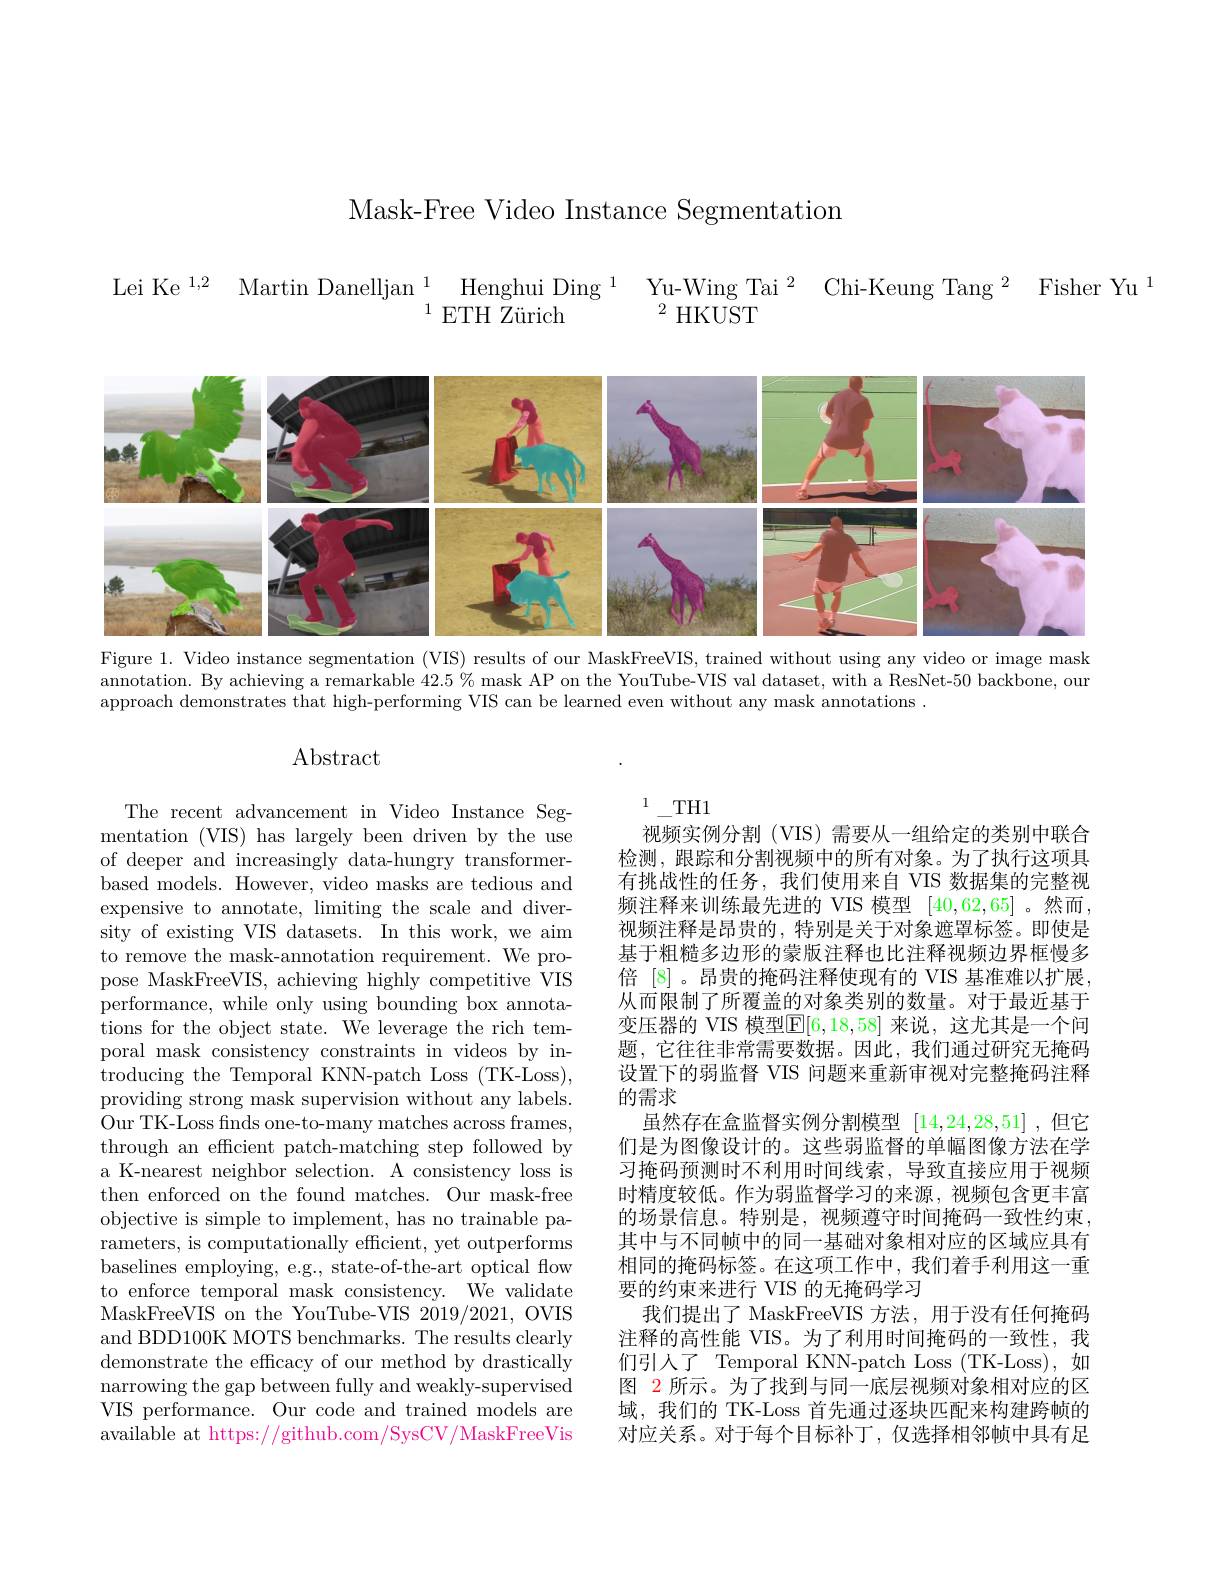
Mask-Free Video Instance Segmentation

$\mathrm{Lei~Ke}^{1, 2}$ $\mathrm{Martin~Danelljan~}_{1}^{1}\text{ETH Z\"{u} rich}^{1}$ $\mathrm{Yu- Wing~Tai~}^{2}$ $\mathrm{Chi- Keung~Tang~}^{2}$ Fisher Yu

<FigureHere>

Figure 1. Video instance segmentation (VIS) results of our MaskFreeVIS, trained without using any video or image mask annotation. By achieving a remarkable $42.5\%$ mask AP on the YouTube-VIS val dataset, with a ResNet-50 backbone, our approach demonstrates that high-performing VIS can be learned even without any mask annotations .

$\operatorname{Abstract}$

The recent advancement in Video Instance Segmentation (VIS) has largely been driven by the use of deeper and increasingly data-hungry transformerbased models. However, video masks are tedious and expensive to annotate, limiting the scale and diversity of existing VIS datasets. In this work, we aim to remove the mask-annotation requirement. We propose MaskFreeVIS, achieving highly competitive VIS performance, while only using bounding box annotations for the object state. We leverage the rich temporal mask consistency constraints in videos by in- troducing the Temporal KNN- patch Loss ( TK- Loss) , $\bar{\text{providing strong mask supervision without any labels.}}$ Our TK-Loss finds one-to-many matches across frames, through an efficient patch-matching step followed by a K-nearest neighbor selection. A consistency loss is then enforced on the found matches. Our mask-free objective is simple to implement, has no trainable parameters, is computationally efficient, yet outperforms baselines employing, e.g., state-of-the-art optical flow to enforce temporal mask consistency. $\bar{\text{We validate}}$ MaskFreeVIS on the YouTube-VIS 2019/2021, OVIS and BDD100K MOTS benchmarks. The results clearly demonstrate the efficacy of our method by drastically narrowing the gap between fully and weakly-supervised VIS performance. Our code and trained models are available at https://github.com/SysCV/MaskFreeVis

$1\_$TH1
视频实例分割(VIS)需要从一组给定的类别中联合检测，跟踪和分割视频中的所有对象。为了执行这项具有挑战性的任务，我们使用来自 VIS 数据集的完整视频注释来训练最先进的 VIS 模型[40,62,65] 。然而， 视频注释是昂贵的，特别是关于对象遮罩标签。即使是基于粗糙多边形的蒙版注释也比注释视频边界框慢多倍 [8]。昂贵的掩码注释使现有的 VIS 基准难以扩展， 从而限制了所覆盖的对象类别的数量。对于最近基于变压器的 VIS 模型$\mathbb{E}[6,18,58]$ 来说，这尤其是一个问题，它往往非常需要数据。因此，我们通过研究无掩码设置下的弱监督 VIS 问题来重新审视对完整掩码注释的需求
虽然存在盒监督实例分割模型[14,24,28,51] ,但它们是为图像设计的。这些弱监督的单幅图像方法在学习掩码预测时不利用时间线索，导致直接应用于视频时精度较低。作为弱监督学习的来源，视频包含更丰富的场景信息。特别是，视频遵守时间掩码一致性约束， 其中与不同帧中的同一基础对象相对应的区域应具有相同的掩码标签。在这项工作中，我们着手利用这一重要的约束来进行 VIS 的无掩码学习
我们提出了 MaskFreeVIS 方法，用于没有任何掩码注释的高性能 VIS。为了利用时间掩码的一致性，我们引人了 Temporal KNN-patch Loss (TK-Loss),如图 2 所示。为了找到与同一底层视频对象相对应的区域，我们的 TK-Loss 首先通过逐块匹配来构建跨帧的对应关系。对于每个目标补丁，仅选择相邻帧中具有足